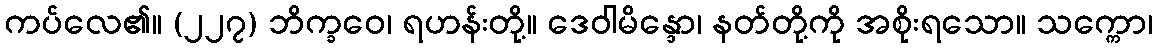
ကပ်လေ၏။ (၂၂၇) ဘိက္ခဝေ၊ ရဟန်းတို့။ ဒေဝါမိန္ဒော၊ နတ်တို့ကို အစိုးရသော။ သက္ကော၊